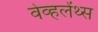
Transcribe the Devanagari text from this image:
वेव्हलेंथ्स